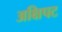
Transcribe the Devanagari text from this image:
अक्षिपट